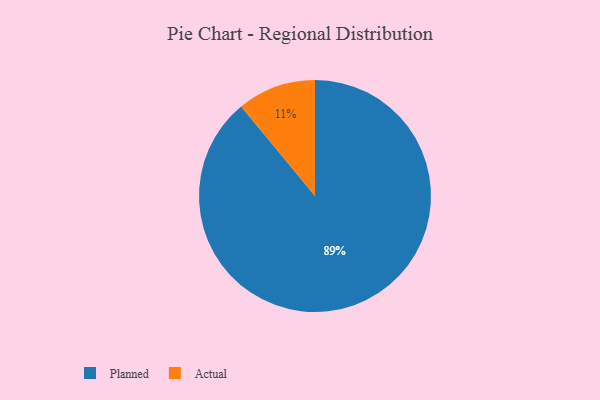
{"axis": {"x": "Category", "y": "Percentage"}, "legend": ["Actual", "Planned"], "data": [{"x": "Actual", "y": 11, "type": "Actual"}, {"x": "Planned", "y": 89, "type": "Planned"}]}